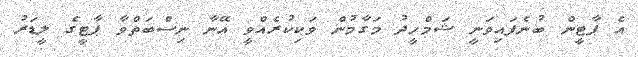
އެ ޕާޓީން ބުނެފައިވަނީ ޝަމްހީދު މަގާމުން ވަކިކުރެއްވީ އޭނާ ނިސްބަތްވާ ޕާޓީގެ ލީޑަރު